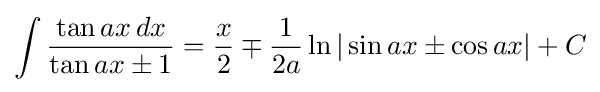
\int {\frac {\tan ax\,dx}{\tan ax\pm 1}}={\frac {x}{2}}\mp {\frac {1}{2a}}\ln |\sin ax\pm \cos ax|+C